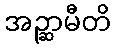
အဉ္ဆာမီတိ